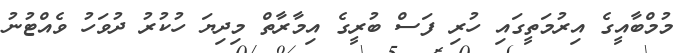
މުމްބާއީގެ އިރުމަތީގައި ހުރި ފަސް ބުރީގެ އިމާރާތް މިދިޔަ ހުކުރު ދުވަހު ވެއްޓުނު